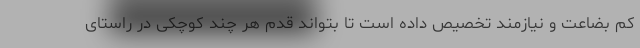
کم بضاعت و نیازمند تخصیص داده است تا بتواند قدم هر چند کوچکی در راستای